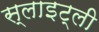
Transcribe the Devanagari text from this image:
स्लाइट्ली